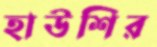
হাউশির